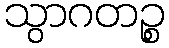
သွာဂတဉ္စ